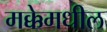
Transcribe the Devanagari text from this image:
मक्केमधील